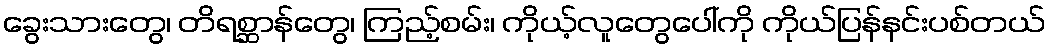
ခွေးသားတွေ၊ တိရစ္ဆာန်တွေ၊ ကြည့်စမ်း၊ ကိုယ့်လူတွေပေါ်ကို ကိုယ်ပြန်နင်းပစ်တယ်